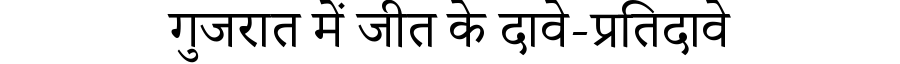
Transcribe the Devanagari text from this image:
गुजरात में जीत के दावे-प्रतिदावे